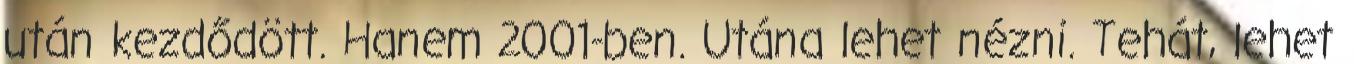
után kezdődött. Hanem 2001-ben. Utána lehet nézni. Tehát, lehet